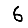
Digit: 6